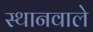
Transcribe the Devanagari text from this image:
स्थानवाले